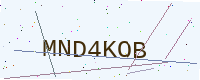
Text: MND4KOB